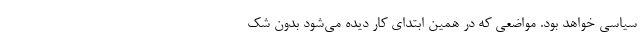
سیاسی خواهد بود. مواضعی که در همین ابتدای کار دیده می‌شود بدون شک